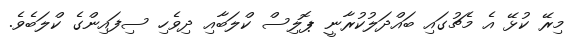
މިރޭ ކުޅޭ އެ މެޗުގައި ބައްދަލުކުރާނީ ޕޮލިސް ކްލަބާއި ދިވެހި ސިފައިންގެ ކްލަބެވެ.